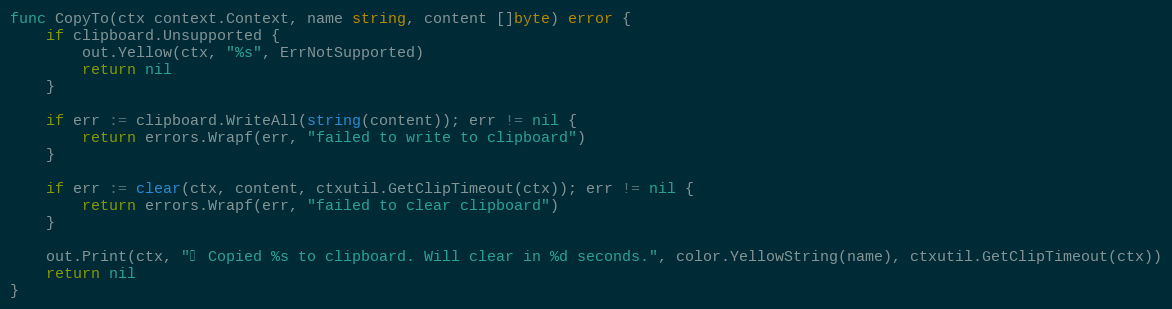
Language: Go
func CopyTo(ctx context.Context, name string, content []byte) error {
	if clipboard.Unsupported {
		out.Yellow(ctx, "%s", ErrNotSupported)
		return nil
	}

	if err := clipboard.WriteAll(string(content)); err != nil {
		return errors.Wrapf(err, "failed to write to clipboard")
	}

	if err := clear(ctx, content, ctxutil.GetClipTimeout(ctx)); err != nil {
		return errors.Wrapf(err, "failed to clear clipboard")
	}

	out.Print(ctx, "✔ Copied %s to clipboard. Will clear in %d seconds.", color.YellowString(name), ctxutil.GetClipTimeout(ctx))
	return nil
}